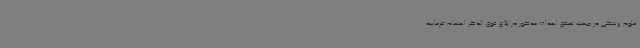
علوم پزشکی در جهت تحقق اهداف مذکور درابلاغ فوق الذکر اهتمام فرمایید.